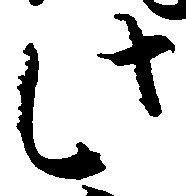
此